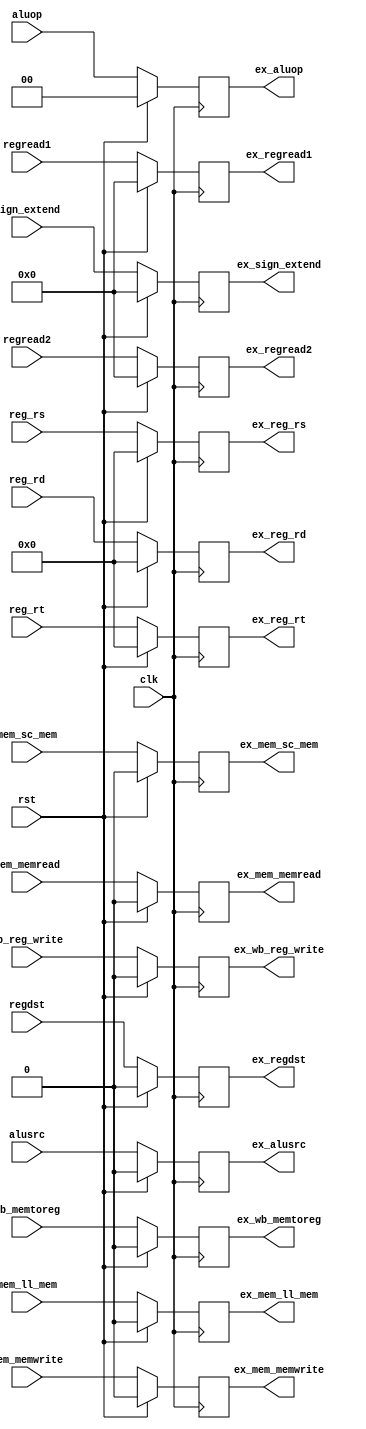
module    core_id_ex(
                      clk,
                      rst,
                      wb_reg_write,
                      wb_memtoreg,
                      mem_memread,
                      mem_memwrite,
                      mem_ll_mem,
                      mem_sc_mem,
                      regdst,
                      aluop,
                      alusrc,
                      regread1,
                      regread2,
                      sign_extend,
                      reg_rs,
                      reg_rt,
                      reg_rd,
                      ex_wb_reg_write,
                      ex_wb_memtoreg,
                      ex_mem_memread,
                      ex_mem_memwrite,
                      ex_mem_ll_mem,
                      ex_mem_sc_mem,
                      ex_regdst,
                      ex_aluop,
                      ex_alusrc,
                      ex_regread1,
                      ex_regread2,
                      ex_sign_extend,
                      ex_reg_rs,
                      ex_reg_rt,
                      ex_reg_rd);
input                      clk;
input                      rst;
input                      wb_reg_write;
input                      wb_memtoreg;
input                      mem_memread;
input                      mem_memwrite;
input                      mem_ll_mem;
input                      mem_sc_mem;
input                      regdst;
input     [1:0]            aluop;
input                      alusrc;
input     [31:0]           regread1;
input     [31:0]           regread2;
input     [31:0]           sign_extend;
input     [4:0]            reg_rs;
input     [4:0]            reg_rt;
input     [4:0]            reg_rd;
output                      ex_wb_reg_write;
output                      ex_wb_memtoreg;
output                      ex_mem_memread;
output                      ex_mem_memwrite;
output                      ex_mem_ll_mem;
output                      ex_mem_sc_mem;
output                      ex_regdst;
output     [1:0]            ex_aluop;
output                      ex_alusrc;
output     [31:0]           ex_regread1;
output     [31:0]           ex_regread2;
output     [31:0]           ex_sign_extend;
output     [4:0]            ex_reg_rs;
output     [4:0]            ex_reg_rt;
output     [4:0]            ex_reg_rd; 
reg                      ex_wb_reg_write;
reg                      ex_wb_memtoreg;
reg                      ex_mem_memread;
reg                      ex_mem_memwrite;
reg                      ex_mem_ll_mem;
reg                      ex_mem_sc_mem;
reg                      ex_regdst;
reg     [1:0]            ex_aluop;
reg                      ex_alusrc;
reg     [31:0]           ex_regread1;
reg     [31:0]           ex_regread2;
reg     [31:0]           ex_sign_extend;
reg     [4:0]            ex_reg_rs;
reg     [4:0]            ex_reg_rt;
reg     [4:0]            ex_reg_rd;
always@(posedge clk)
begin
  if(rst)
    begin
      ex_wb_reg_write<=1'b0;
      ex_wb_memtoreg<=1'b0;
      ex_mem_memread<=1'b0;
      ex_mem_memwrite<=1'b0;
      ex_mem_ll_mem<=1'b0;
      ex_mem_sc_mem<=1'b0;
      ex_regdst<=1'b0;
      ex_aluop<=2'b00;
      ex_alusrc<=1'b0;
      ex_regread1<=32'h0000;
      ex_regread2<=32'h0000;
      ex_sign_extend<=32'h0000;
      ex_reg_rs<=5'b00000;
      ex_reg_rt<=5'b00000;
      ex_reg_rd<=5'b00000;
    end
else
  begin
      ex_wb_reg_write<=wb_reg_write;
      ex_wb_memtoreg<=wb_memtoreg;
      ex_mem_memread<=mem_memread;
      ex_mem_memwrite<=mem_memwrite;
      ex_mem_ll_mem<=mem_ll_mem;
      ex_mem_sc_mem<=mem_sc_mem;
      ex_regdst<=regdst;
      ex_aluop<=aluop;
      ex_alusrc<=alusrc;
      ex_regread1<=regread1;
      ex_regread2<=regread2;
      ex_sign_extend<=sign_extend;
      ex_reg_rs<=reg_rs;
      ex_reg_rt<=reg_rt;
      ex_reg_rd<=reg_rd;
  end
end
endmodule